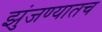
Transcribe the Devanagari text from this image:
झुंजण्यातच